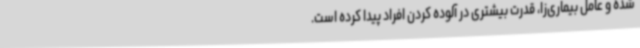
شده و عامل بیماری‌زا، قدرت بیشتری در آلوده کردن افراد پیدا کرده است.